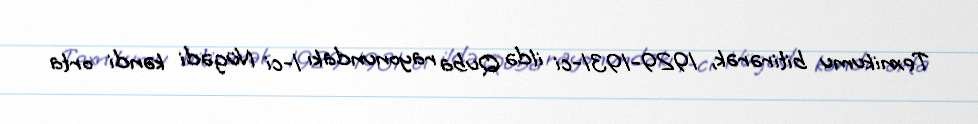
Texnikumu bitirərək, 1929-1931-ci ildə Quba rayonundakı 1-ci Nügədi kəndi orta